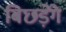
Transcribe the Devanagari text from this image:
बिछड़ेंगे